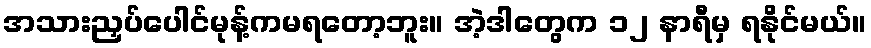
အသားညှပ်ပေါင်မုန့်ကမရတော့ဘူး။ အဲ့ဒါတွေက ၁၂ နာရီမှ ရနိုင်မယ်။